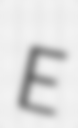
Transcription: E